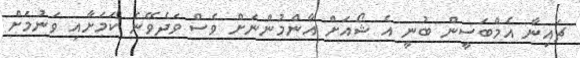
ޗައިނާ އެމްބަސީން ބުނީ އެ ޝޯއަށް އާންމުންނަށް ވެސް ވަދެވޭނެ ކަމަށާއި ވަނުމަށް